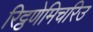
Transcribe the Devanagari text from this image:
रिट्ठणेमिचरिउ